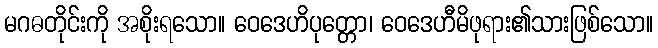
မဂဓတိုင်းကို အစိုးရသော။ ဝေဒေဟိပုတ္တော၊ ဝေဒေဟီမိဖုရား၏သားဖြစ်သော။